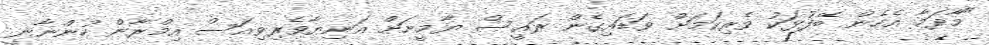
"މާދަމާ އެހެން ބޭފުޅަކު ވެރިކަމަށް ވަޑައިގެން ރައީސް ޔާމީނަށް އަނިޔާވެރިވިއަސް އިމްރާން ހުންނާނީ